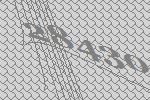
28430